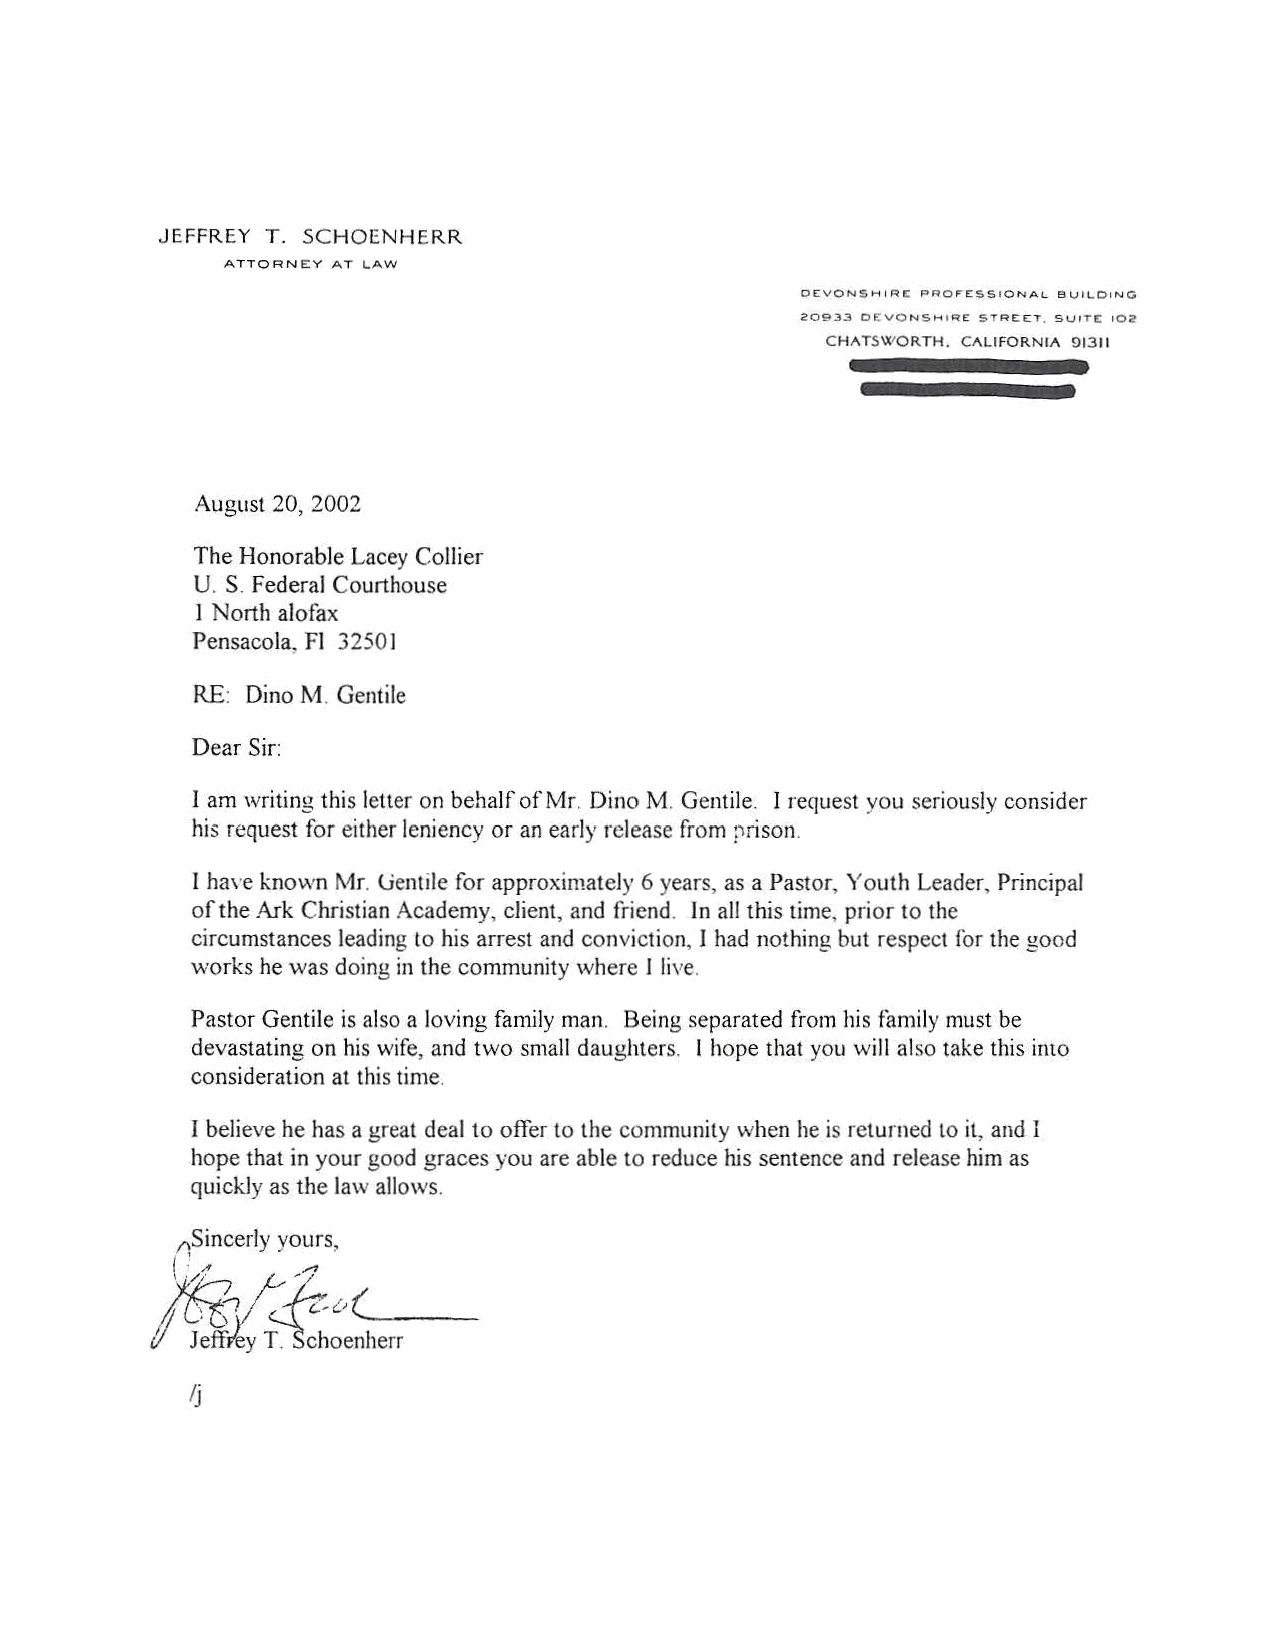
JEFFREY T. SCHOENHERR
 ATTORNEY AT l.AW
 OE:VONSHIRE PROFE-SSIONAL BI.Jrt.OING
 20933 OE.VONSHI~£ STREET, SUfT£ 102
 CHATSWORTH. CIILIFORNIII !)1311
 August 20, 2002
 The Honorable Lacey Collier
 U. S. Federal Courthouse
 1 North alofax
 Pensacola, Fl 32501
 RE: Dino M. Gentile
 Dear Sir:
 I am writing this letter on behalf of Mr. Dino M. Gentile. I request you seriously consider
 his request for either leniency or an early release from prison.
 I have known Mr. Uentile for approximately 6 years, as a Pastor, Youth Leader, Principal
 of the Ark Christian Academy, client, and friend. In all this time, prior to the
 circumstances leading to his arrest and conviction, I had nothing but respect for the good
 works he was doing in the community where I live.
 Pastor Gentile is also a loving family man. Being separated from his family must be
 devastating on his wife, and two small daughters. I hope that you will also take this into
 consideration at this time.
 I believe he has a great deal to offer to the community when he is returned to it, and I
 hope that in your good graces you are able to reduce his sentence and release him as
 quickly as the law allows .
 .f\Sincerly yours,
 I ~ ~   .,..
 __
 ~l:h{J(
 f
 ~~ft(y ~~hoenherr
 /j